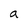
Character: a